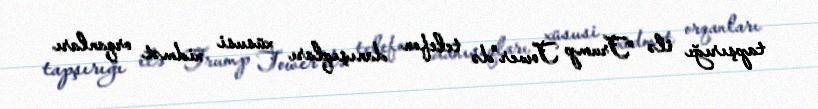
tapşırığı ilə "Trump Tower"də telefon danışıqları xüsusi xidmət orqanları